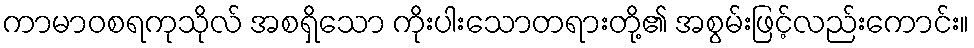
ကာမာဝစရကုသိုလ် အစရှိသော ကိုးပါးသောတရားတို့၏ အစွမ်းဖြင့်လည်းကောင်း။